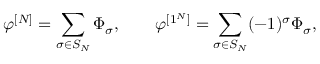
\varphi ^ { [ N ] } = \sum _ { \sigma \in S _ { N } } \Phi _ { \sigma } , \qquad \varphi ^ { [ 1 ^ { N } ] } = \sum _ { \sigma \in S _ { N } } ( - 1 ) ^ { \sigma } \Phi _ { \sigma } ,